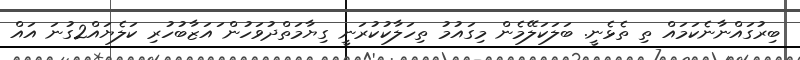
ބިރުގައްނާނެކަމައް ތި ތެޅެނީ. ބަލަކަލޭމެން މިގައުމު ތިހަލާކުކުރަނީ ގިޔާމަތްދުވަހުން ައަޒާބުހުރި ކަލެޔައް2ގުނަ އައް